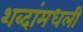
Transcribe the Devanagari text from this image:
शब्दांमधली